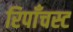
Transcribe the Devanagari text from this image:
रिपाँचस्ट